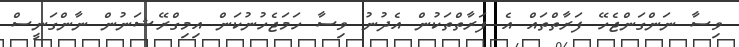
ވިސާ ނަންގަަންޖެހޭ ފަރާތްތައް އެ ފަރާތްތަކުން އެދުނު ވިސާ ހަމަޖެހުނުކަން އިމިގްރޭޝަނުން ނާންގަނީސް